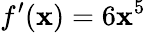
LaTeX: f^{\prime}(\mathbf{x})=6\mathbf{x}^{5}